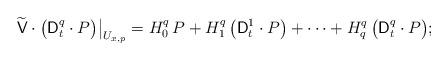
LaTeX: \begin{align*} \widetilde{\mathsf{V}} \cdot \big( \mathsf{D}_{t}^{q} \cdot P \big) \big\vert_{U_{x,p}} = H_{0}^{q}\,P + H_{1}^{q}\, \big(\mathsf{D}_{t}^{1}\cdot P\big) + \dotsb + H_{q}^{q}\, \big(\mathsf{D}_{t}^{q}\cdot P\big);\end{align*}